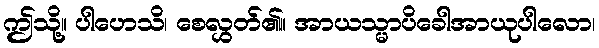
ဤသို့။ ပါဟေသိ၊ စေလွှတ်၏။ အာယသ္မာပိခေါအာယုပါလော၊